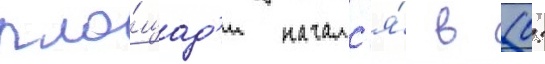
пло́щад'и началс'я́ в 10: